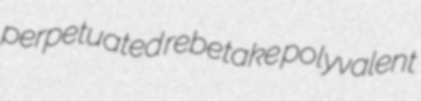
perpetuated rebetake polyvalent